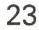
23